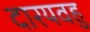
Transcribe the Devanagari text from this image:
दारयवहु